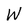
Character: W